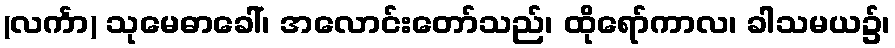
(လင်္ကာ) သုမေဓာခေါ်၊ အလောင်းတော်သည်၊ ထိုရော်ကာလ၊ ခါသမယ၌၊